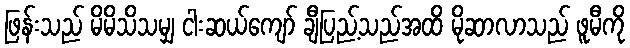
ဖြန်းသည် မိမိသိသမျှ ငါးဆယ်ကျော် ချီပြည့်သည်အထိ မိုဆာလာသည် ဖူမီကို